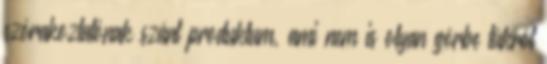
szórakoztatónak szánt produktum, ami nem is olyan görbe tükröt